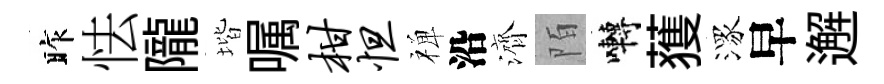
昨怯隴堦嘱柑怛禅沿濟陌囀𫉬潈早邂